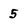
Character: 5